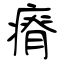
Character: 瘠